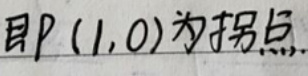
即\(P(1,0)\)为拐点.